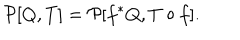
{ \cal P } [ Q , T ] = { \cal P } [ f ^ { * } Q , T \circ f ] .